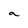
Character: a